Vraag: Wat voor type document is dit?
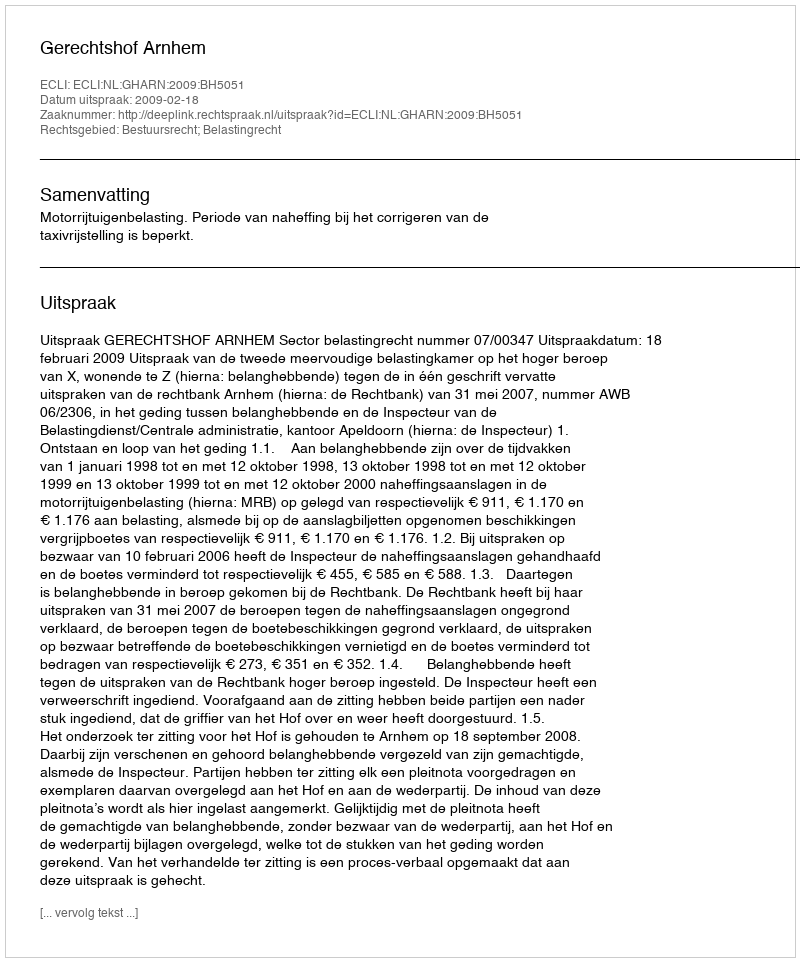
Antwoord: Uitspraak